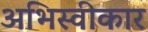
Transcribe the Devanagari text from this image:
अभिस्वीकार